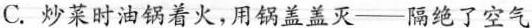
C.炒菜时油锅着火，用锅盖盖灭—隔绝了空气